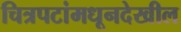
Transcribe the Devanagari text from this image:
चित्रपटांमधूनदेखील